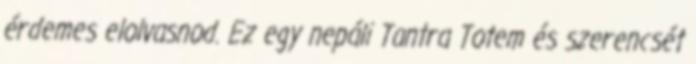
érdemes elolvasnod. Ez egy nepáli Tantra Totem és szerencsét